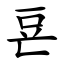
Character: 䜳